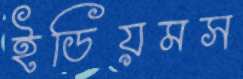
ইডিয়মস